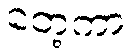
တေ့ကာ